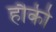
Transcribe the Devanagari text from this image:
हौकी